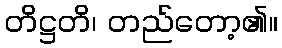
တိဋ္ဌတိ၊ တည်တော့၏။